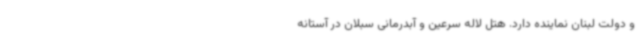
و دولت لبنان نماینده دارد. هتل لاله سرعین و آبدرمانی سبلان در آستانه